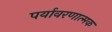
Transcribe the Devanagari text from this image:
पर्यावरणात्मक